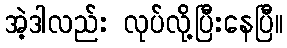
အဲ့ဒါလည်း လုပ်လို့ပြီးနေပြီ။